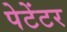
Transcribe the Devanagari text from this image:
पेटेंटर